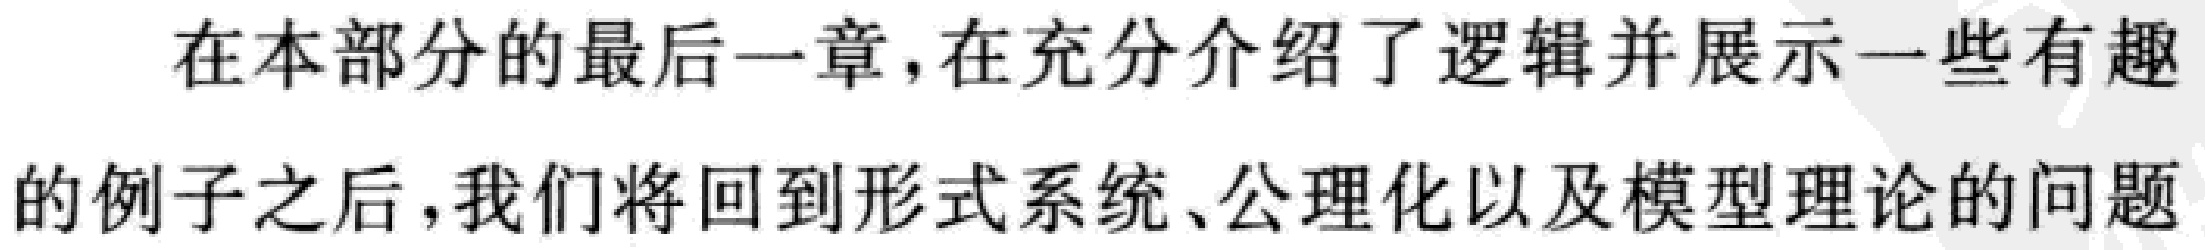
在本部分的最后一章，在充分介绍了逻辑并展示一些有趣的例子之后，我们将回到形式系统、公理化以及模型理论的问题